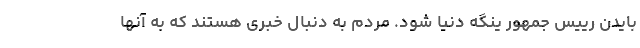
بایدن رییس جمهور ینگه دنیا شود. مردم به دنبال خبری هستند که به آنها